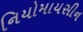
નિયોમાયસીન